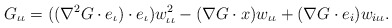
\begin{align*}G_{\iota\iota}=((\nabla^{2}G\cdot e_{\iota})\cdot e_{\iota})w^{2}_{\iota\iota}-(\nabla G\cdot x)w_{\iota\iota}+(\nabla G\cdot e_{i})w_{i\iota\iota}.\end{align*}